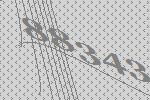
88343